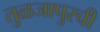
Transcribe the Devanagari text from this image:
तुळजापुरची